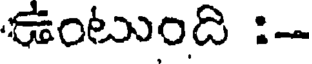
ఉంటుంది :-